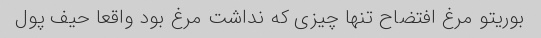
بوریتو مرغ افتضاح تنها چیزی که نداشت مرغ بود واقعا حیف پول